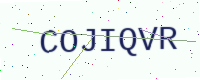
Text: COJIQVR